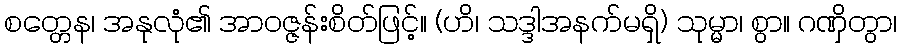
စတ္တေန၊ အနုလုံ၏ အာဝဇ္ဇန်းစိတ်ဖြင့်။ (ဟိ၊ သဒ္ဒါအနက်မရှိ) သုမ္မာ၊ စွာ။ ဂဏှိတွာ၊